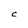
Character: C